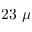
2 3 \ \mu